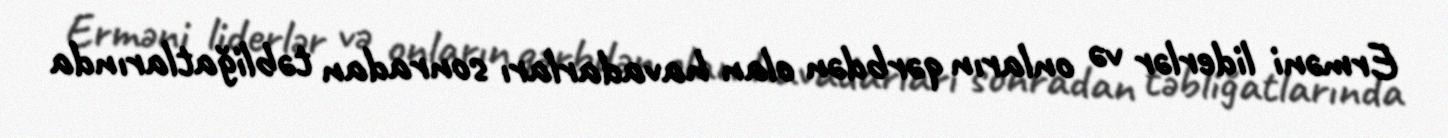
Erməni liderlər və onların qərbdən olan havadarları sonradan təbliğatlarında